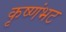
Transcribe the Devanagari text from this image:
कृष्णंभट